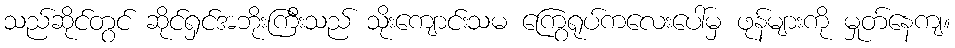
သည်ဆိုင်တွင် ဆိုင်ရှင်အဘိုးကြီးသည် သိုးကျောင်းသမ ကြွေရုပ်ကလေးပေါ်မှ ဖုန်များကို မှုတ်နေကျ။